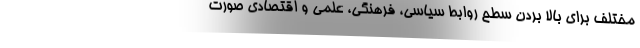
مختلف برای بالا بردن سطح روابط سیاسی، فرهنگی، علمی و اقتصادی صورت